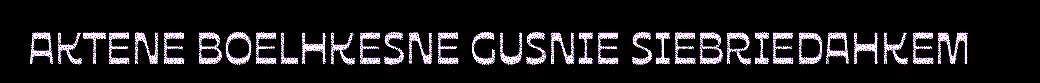
AKTENE BOELHKESNE GUSNIE SIEBRIEDAHKEM